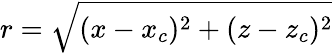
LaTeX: r=\sqrt[]{(x-x_{c})^{2}+(z-z_{c})^{2}}